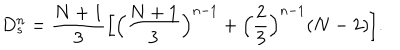
LaTeX: D _ { s } ^ { n } = \frac { N + 1 } { 3 } \Bigl [ \Bigl ( \frac { N + 1 } { 3 } \Bigr ) ^ { n - 1 } + \Bigl ( \frac { 2 } { 3 } \Bigr ) ^ { n - 1 } ( N - 2 ) \Bigr ] .